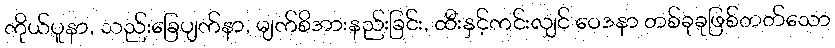
ကိုယ်ပူနာ, သည်းခြေပျက်နာ, မျက်စိအားနည်းခြင်း, ထီးနှင့်ကင်းလျှင် ဝေဒနာ တစ်ခုခုဖြစ်တတ်သော